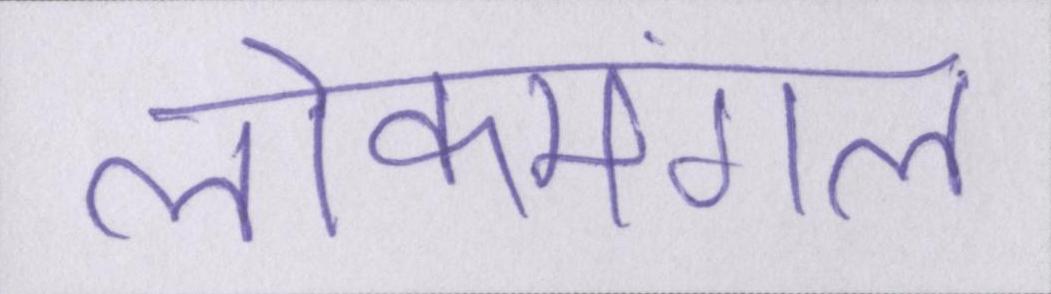
लोकमंगल